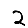
Digit: 2